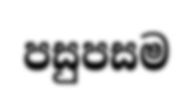
පසුපසම